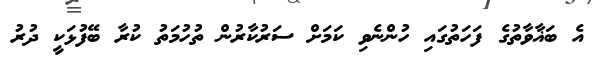
އެ ބަޣާވާތުގެ ފަހަތުގައި ހުންނެވި ކަމަށް ސަރުކާރުން ތުހުމަތު ކުރާ ބޭފުޅަކީ ދުރު